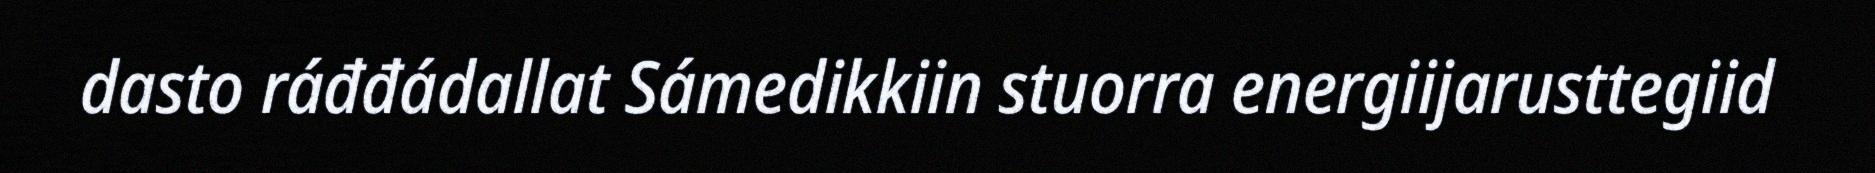
dasto ráđđádallat Sámedikkiin stuorra energiijarusttegiid